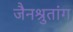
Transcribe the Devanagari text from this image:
जैनश्रुतांग